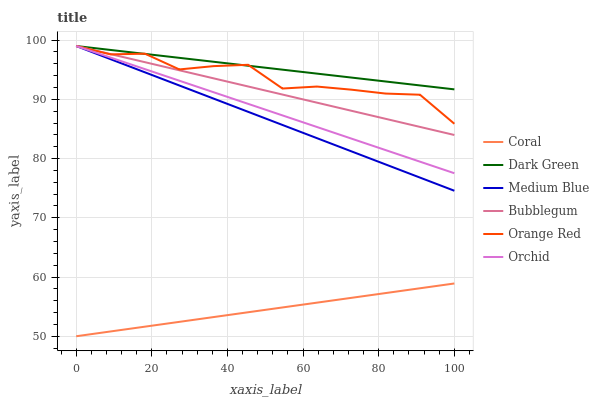
| xaxis_label | Coral | Dark Green | Medium Blue | Bubblegum | Orange Red | Orchid |
 | --- | --- | --- | --- | --- | --- | --- |
 | 0 | 50 | 99 | 99 | 99 | 99 | 99 |
 | 9.09 | 50.8 | 98.3 | 96.8 | 97.6 | 97.6 | 97 |
 | 18.2 | 51.6 | 97.7 | 94.6 | 96.3 | 97.7 | 95.1 |
 | 27.3 | 52.4 | 97 | 92.3 | 94.9 | 95 | 93.1 |
 | 36.4 | 53.2 | 96.3 | 90.1 | 93.5 | 95.6 | 91.2 |
 | 45.5 | 54 | 95.7 | 87.9 | 92.2 | 95.8 | 89.2 |
 | 54.5 | 54.9 | 95 | 85.7 | 90.8 | 91.8 | 87.3 |
 | 63.6 | 55.7 | 94.3 | 83.5 | 89.4 | 92.2 | 85.3 |
 | 72.7 | 56.5 | 93.7 | 81.2 | 88.1 | 91.6 | 83.4 |
 | 81.8 | 57.3 | 93 | 79 | 86.7 | 91 | 81.4 |
 | 90.9 | 58.1 | 92.3 | 76.8 | 85.3 | 90.8 | 79.5 |
 | 100 | 58.9 | 91.7 | 74.6 | 84 | 85.9 | 77.5 |